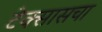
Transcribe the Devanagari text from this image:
टेक्सासचा